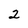
Character: 2